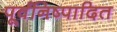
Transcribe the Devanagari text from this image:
पूर्वनिष्पादित